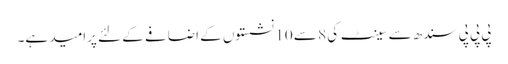
پی پی پی سندھ سے سینٹ کی 8 سے 10 نشستوں کے اضافے کے لئے پرامید ہے۔